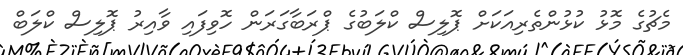
މެޗުގެ މޮޅު ކުޅުންތެރިއަކަށް ޕޮލިސް ކްލަބުގެ ޕްރަބާގަރަން ހޮވިފައި ވާއިރު ޕޮލިސް ކްލަބް